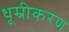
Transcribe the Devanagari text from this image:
धूम्रीकरण